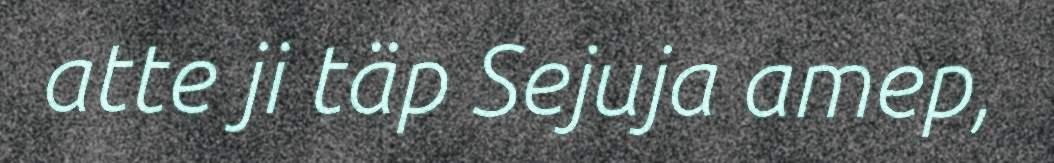
atte ji täp Sejuja amep,